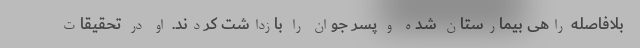
بلافاصله راهی بیمارستان شده و پسر جوان را بازداشت کردند. او در تحقیقات